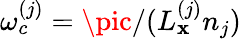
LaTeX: \omega_{c}^{(j)}=\pic/(L_{\mathbf{x}}^{(j)}n_{j})